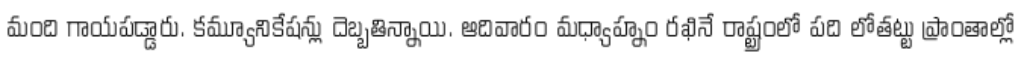
మంది గాయపడ్డారు. కమ్యూనికేషన్లు దెబ్బతిన్నాయి. ఆదివారం మధ్యాహ్నం రఖినే రాష్ట్రంలో పది లోతట్టు ప్రాంతాల్లో